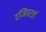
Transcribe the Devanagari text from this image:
रजिस्‍टर्ड